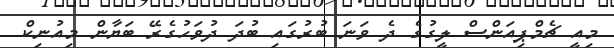
މިއީ ޗެމްޕިއަންސް ލީގުގެ ދެ ވަނަ ބުރުގައި ބުދަ ދުވަހުގެރޭ ބަޔާން މިއުނިކް